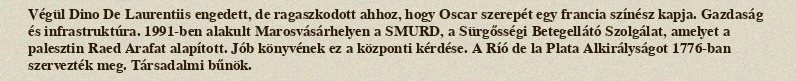
Végül Dino De Laurentiis engedett, de ragaszkodott ahhoz, hogy Oscar szerepét egy francia színész kapja. Gazdaság és infrastruktúra. 1991-ben alakult Marosvásárhelyen a SMURD, a Sürgősségi Betegellátó Szolgálat, amelyet a palesztin Raed Arafat alapított. Jób könyvének ez a központi kérdése. A Ríó de la Plata Alkirályságot 1776-ban szervezték meg. Társadalmi bűnök.